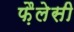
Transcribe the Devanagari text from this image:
फ़ैलेसी